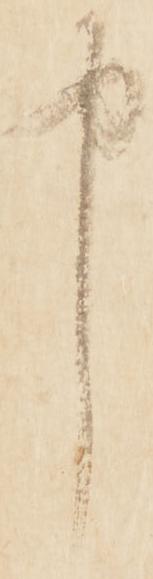
申